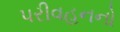
પરીવહનનો